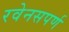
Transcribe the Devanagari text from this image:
रवेनसपर्ण